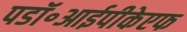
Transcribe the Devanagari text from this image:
पडॉ॰आईपीकेएफ